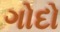
ગોદો